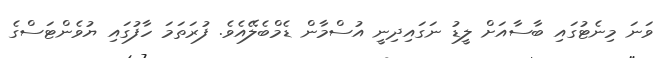
ވަނަ މިނެޓުގައި ބާސާއަށް ލީޑު ނަގައިދިނީ އުސްމާން ޑެމްބެލޭއެވެ. ފުރަތަމަ ހާފުގައި ޔުވެންޓަސްގެ